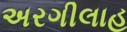
અરગીલાહ